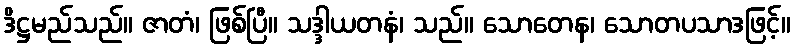
ဒိဋ္ဌမည်သည်။ ဇာတံ၊ ဖြစ်ပြီ။ သဒ္ဒါယတနံ၊ သည်။ သောတေန၊ သောတပသာဒဖြင့်။